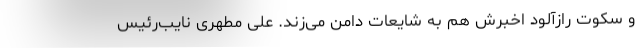
و سکوت رازآلود اخبرش هم به شایعات دامن می‌زند. علی مطهری نایب‌رئیس